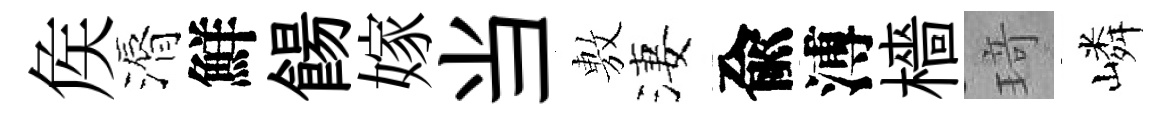
矦漘鮮餳嫁当𢾾淒兪溥檣𤦺嶙